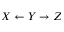
X \leftarrow Y \rightarrow Z